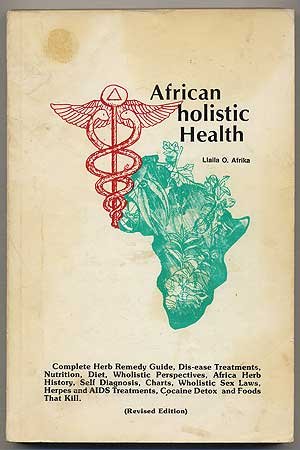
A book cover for African holistic Health: Complete Herb Remedy Guide, Dis-ease Treatments, Nutrition, Diet, Wholistic Perspectives, africa Herb Histroy, Self Diagnosis, Charts, Wholistic Sex Laws, Herpes and AIDS Treatments, Cocaine Detox, and Foods That Kill; Llaila O. Afrika; Health, Fitness & Dieting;